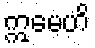
ဣမေဟိ